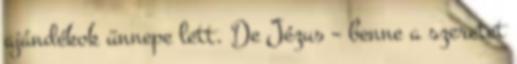
ajándékok ünnepe lett. De Jézus – benne a szeretet